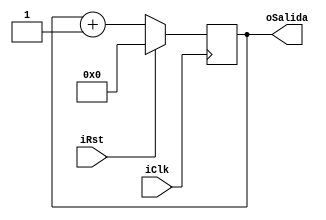
module ParameterCounter(
	input iClk,
	input iRst,
	output [3:0] oSalida
);

	reg [3:0] rCuenta_D = 4'd0;
	reg [3:0] rCuenta_Q = 4'd0;
	
	assign oSalida = rCuenta_Q;
	
	always @(posedge iClk)
	begin
		if(iRst)
			begin
				rCuenta_Q <= 4'd0;
			end
		else
			begin
				rCuenta_Q <= rCuenta_D;
			end
	end
	
	always @*
		begin 
		rCuenta_D = rCuenta_Q + 4'd1;
		end
		endmodule